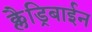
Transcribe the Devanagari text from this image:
क्लैड्रिबाईन